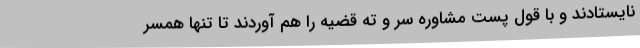
نایستادند و با قول پست مشاوره سر و ته قضیه را هم آوردند تا تنها همسر